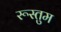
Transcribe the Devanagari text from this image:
रूस्तुम